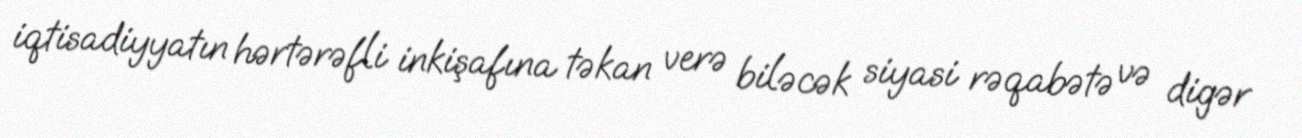
iqtisadiyyatın hərtərəfli inkişafına təkan verə biləcək siyasi rəqabətə və digər